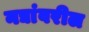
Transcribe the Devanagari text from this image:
नद्यांवरील